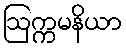
ဩက္ကမနိယာ